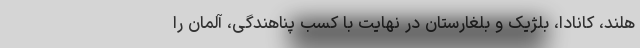
هلند، کانادا، بلژیک و بلغارستان در نهایت با کسب پناهندگی، آلمان را